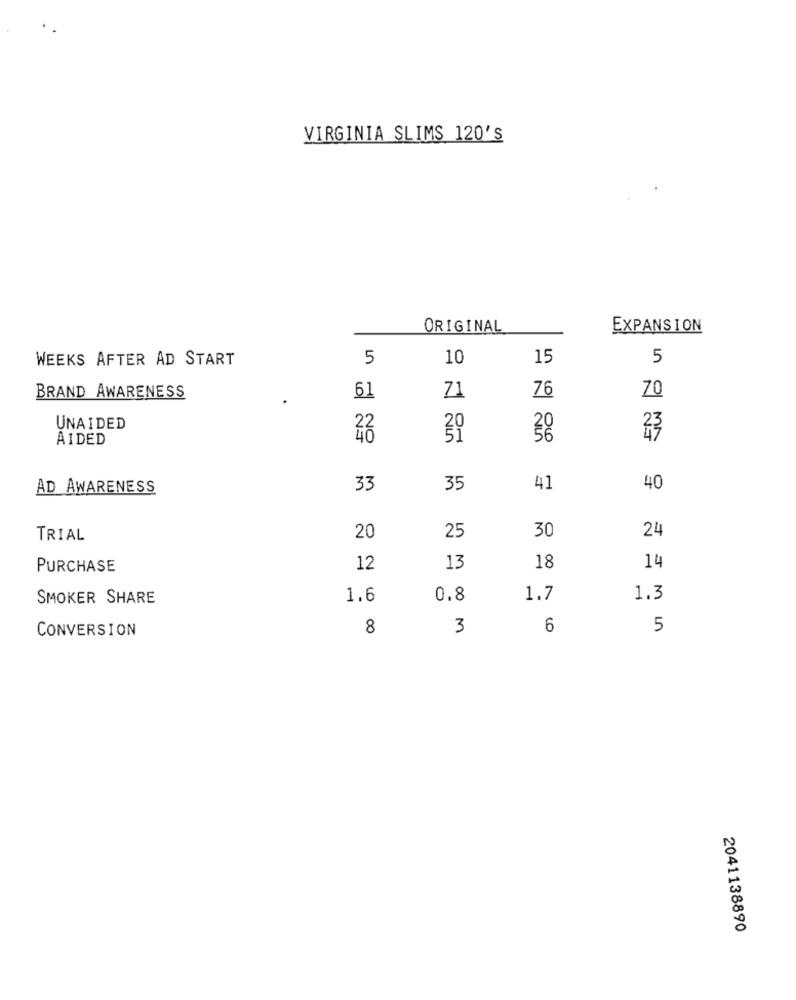
VIRGINIA SLIMS 120'S
ORIGINAL
EXPANSION
WEEKS AFTER AD START
5
10
15
5
76
BRAND AWARENESS
61
71
70
UNAIDED
AIDED
40
38
AD AWARENESS
33
35
41
40
24
TRIAL
20
25
30
PURCHASE
12
13
18
14
SMOKER SHARE
1.6
0.8
1.7
1.3
CONVERSION
8
3
6
5
2041138890